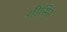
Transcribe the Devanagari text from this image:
गीसिर